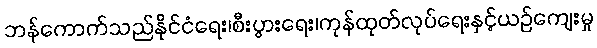
ဘန်ကောက်သည်နိုင်ငံရေး၊စီးပွားရေး၊ကုန်ထုတ်လုပ်ရေးနှင့်ယဉ်ကျေးမှု